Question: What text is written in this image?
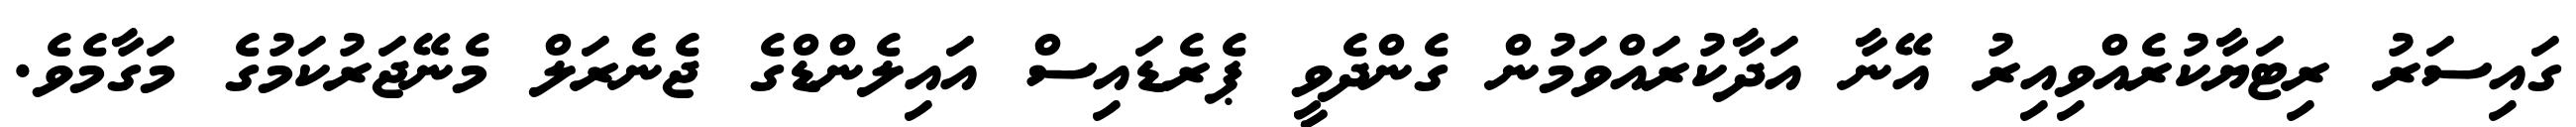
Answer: ގައިސަރު ރިޓަޔާކުރެއްވިއިރު އޭނާ އަދާކުރައްވަމުން ގެންދެވީ ޕެރެޑައިސް އައިލެންޑްގެ ޖެނެރަލް މެނޭޖަރުކަމުގެ މަގާމެވެ.